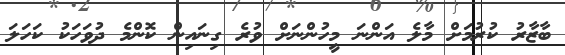
ބާޒާރު ކުރުމަށް މާލެ އަންނަ މީހުންނަށް ވުރެ ގިނައިން ކޮންމެ ދުވަހަކު ކަހަލަ